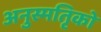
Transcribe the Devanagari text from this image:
अनुस्मतिृको